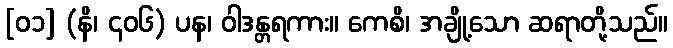
[၀၁] (နိ၊ ၄၀၆) ပန၊ ဝါဒန္တရကား။ ကေစိ၊ အချို့သော ဆရာတို့သည်။